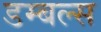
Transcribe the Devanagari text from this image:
डम्बल्स